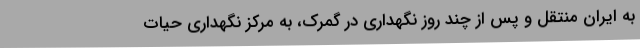
به ایران منتقل و پس از چند روز نگهداری در گمرک، به مرکز نگهداری حیات